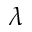
\lambda